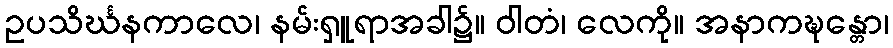
ဥပသိင်္ဃနကာလေ၊ နမ်းရှူရာအခါ၌။ ဝါတံ၊ လေကို။ အနာကဍ္ဎန္တော၊